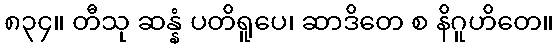
၈၃၄။ တီသု ဆန္နံ ပတိရူပေ၊ ဆာဒိတေ စ နိဂူဟိတေ။